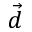
\vec { d }